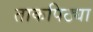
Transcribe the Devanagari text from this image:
ताकपिठ्या